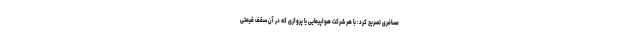
مسافری تصریح کرد: با هر شرکت هواپیمایی یا پروازی که در آن سقف قیمتی